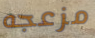
مزعجه